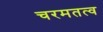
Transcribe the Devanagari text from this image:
चरमतत्व